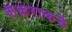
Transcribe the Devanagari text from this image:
शंकराकडे